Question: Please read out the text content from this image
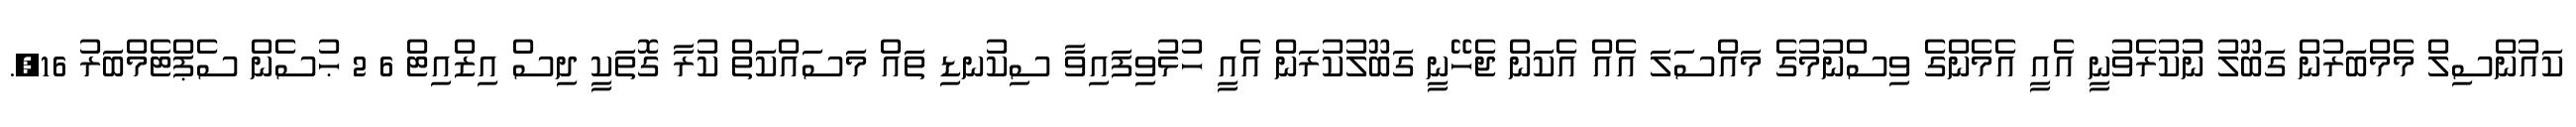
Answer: ކައުންސިލް މެމްބަރުން ގަބޫލު ނުުކުރެވުނީ އެއީ އެމެންގެ ވިސްނުމުގެ މައްސަލަ އެއް އެކަން ޖެހޭނީ ގަބޫލުކުރަން އެއީ ހުޅުވިފައިވާ ސިކުނޑި ތައް މަސައްކަތް ކުރާ ގޮތަކީ ދިސް އިޒްއިޓް 6 2 ޙުސެން ސެޕްޓެމްބަރު 16,.